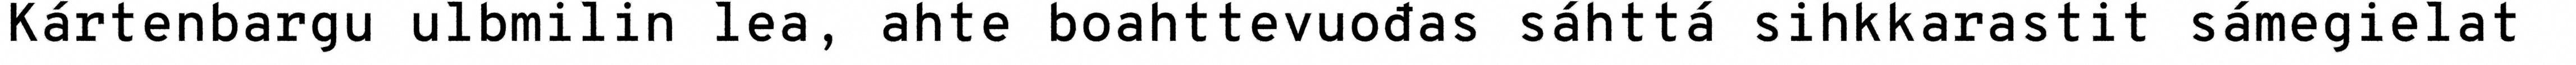
Kártenbargu ulbmilin lea, ahte boahttevuođas sáhttá sihkkarastit sámegielat